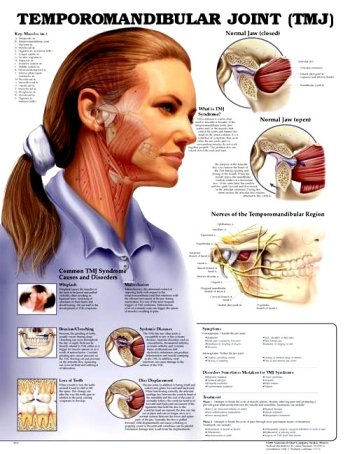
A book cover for Temporomandibular Joint (TMJ) Anatomical Chart; Anatomical Chart Company; Medical Books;